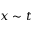
x \sim t